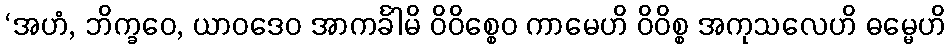
‘အဟံ, ဘိက္ခဝေ, ယာဝဒေဝ အာကင်္ခါမိ ဝိဝိစ္စေဝ ကာမေဟိ ဝိဝိစ္စ အကုသလေဟိ ဓမ္မေဟိ